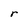
Character: r